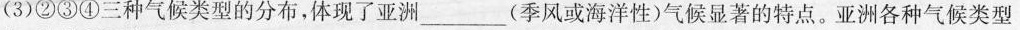
(3)②③④三种气候类型的分布，体现了亚洲___(季风或海洋性)气候显著的特点。亚洲各种气候类型